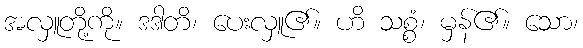
အလှူတို့ကို။ ဒဒါတိ၊ ပေးလှူ၏။ ဟိ သစ္စံ၊ မှန်၏။ သော၊